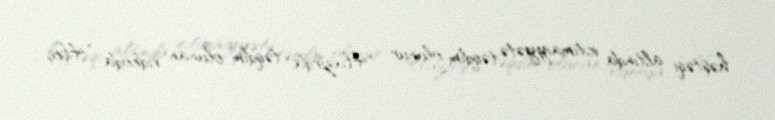
həştəqi altında ictimaiyyətə təqdim olunur: "Hazırda təqdim olunan videoda “Heç